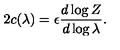
2 c ( \lambda ) = \epsilon { \frac { d \log Z } { d \log \lambda } } .